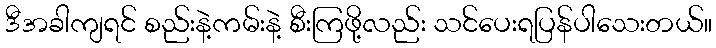
ဒီအခါကျရင် စည်းနဲ့ကမ်းနဲ့ စီးကြဖို့လည်း သင်ပေးရပြန်ပါသေးတယ်။